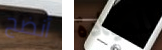
أنضج للعيادة